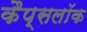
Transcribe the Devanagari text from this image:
कैप्सलॉक